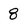
Character: 8